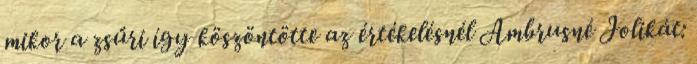
mikor a zsűri így köszöntötte az értékelésnél Ambrusné Jolikát: